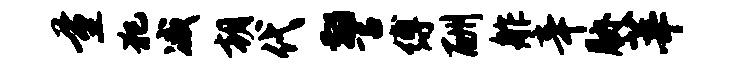
量犯减朝代警缚酬舴辛胁莘